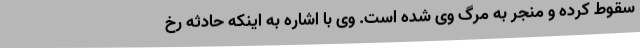
سقوط کرده و منجر به مرگ وی شده است. وی با اشاره به اینکه حادثه رخ